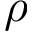
\rho